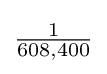
{\textstyle {\frac {1}{608,400}}}